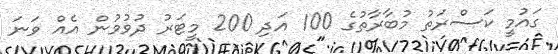
ގައުމީ ކަސްރަތު މުބާރާތުގެ 100 އަދި 200 މީޓަރު ދުވުމުން އެއް ވަނަ